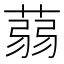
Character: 蒻